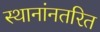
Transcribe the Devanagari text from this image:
स्थानांनतरित